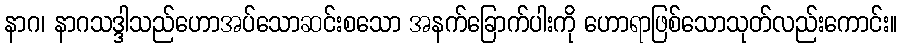
နာဂ၊ နာဂသဒ္ဒါသည်ဟောအပ်သောဆင်းစသော အနက်ခြောက်ပါးကို ဟောရာဖြစ်သောသုတ်လည်းကောင်း။